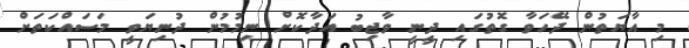
މި އާޔަތުން ދޭހަވާ ގޮތުގައި ދީނީ ވާޖިބު އަދާކޮށް ނިމުމުން ދުނިޔަވީ މަސައްކަތަށް